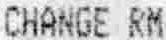
CHANGE RM